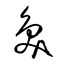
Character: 奐